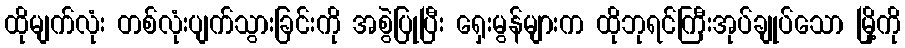
ထိုမျက်လုံး တစ်လုံးပျက်သွားခြင်းကို အစွဲပြုပြီး ရှေးမွန်များက ထိုဘုရင်ကြီးအုပ်ချုပ်သော မြို့ကို